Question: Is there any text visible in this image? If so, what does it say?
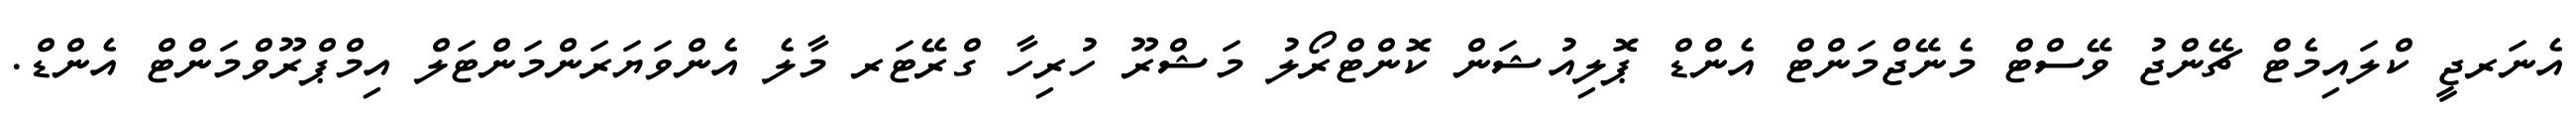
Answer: އެނަރޖީ ކްލައިމެޓް ޗޭންޖު ވޭސްޓް މެނޭޖްމަންޓް އެންޑް ޕޮލިއުޝަން ކޮންޓްރޯލު މަޝްރޫ ހުރިހާ ގްރޭޓަރ މާލެ އެންވަޔަރަންމަންޓަލް އިމްޕްރޫވްމަންޓް އެންޑް.